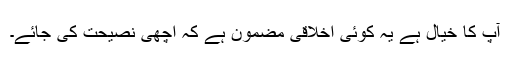
آپ کا خیال ہے یہ کوئی اخلاقی مضمون ہے کہ اچھی نصیحت کی جائے۔